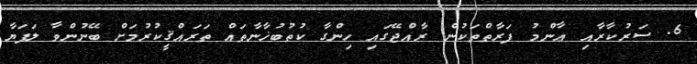
6. ސަރުކާރާއި ޢާންމު ފަރާތްތަކުން ރާއްޖޭގައި ހިންގާ ކުތުބުޚާނާތައް ތަރައްޤީކުރުމަށް ބޭނުންވާ ލަފަޔާ